Report of veterinary surgeon J.H. Steel, A.V.D., on his investigation into an obscure and fatal disease among transport mules in British Burma
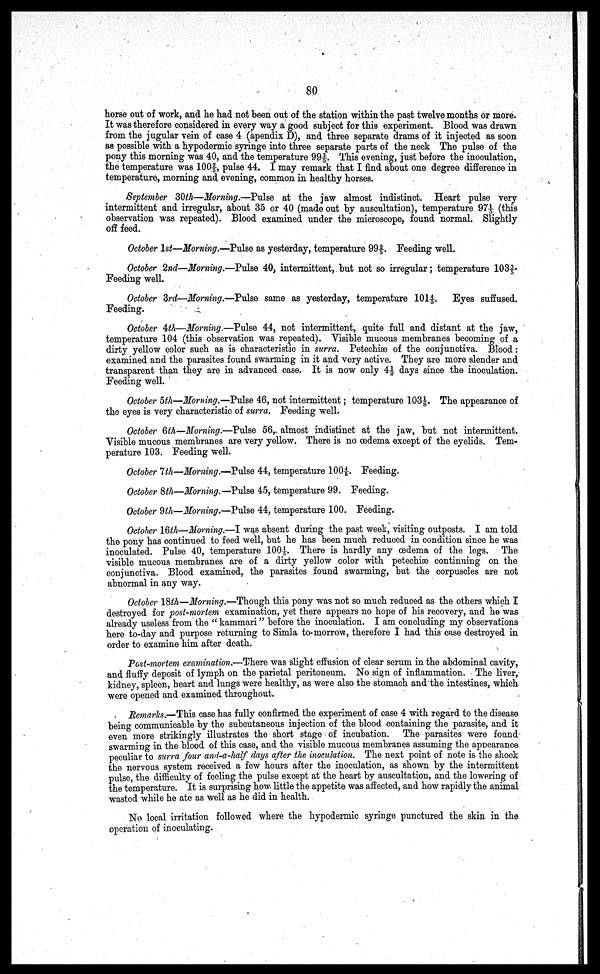
80
horse out of work, and he had not been out of the station within the past twelve months or more.
It was therefore considered in every way a good subject for this experiment. Blood was drawn
from the jugular vein of case 4 (apendix D), and three separate drams of it injected as soon
as possible with a hypodermic syringe into three separate parts of the neck The pulse of the
pony this morning was 40, and the temperature 99 3/5. This evening, just before the inoculation,
the temperature was 100 2/5, pulse 44. I may remark that I find about one degree difference in
temperature, morning and evening, common in healthy horses.
September 3Oth—Morning.—Pulse at the jaw almost indistinct. Heart pulse very
intermittent and irregular, about 35 or 40 (made out by auscultation), temperature 97 1/5 (this
observation was repeated). Blood examined under the microscope, found normal. Slightly
off feed.
October 1st—Morning.—Pulse as yesterday, temperature 99 2/5. Feeding well.
October 2nd—Morning.—Pulse 40, intermittent, but not so irregular; temperature 103 3/5.
Feeding well.
October 3rd—Morning.—Pulse same as yesterday, temperature 101 4/5. Eyes suffused.
Feeding.
October 4th—Morning.—Pulse 44, not intermittent, quite full and distant at the jaw,
temperature 104 (this observation was repeated). Visible mucous membranes becoming of a
dirty yellow color such as is characteristic in surra. Petechiae of the conjunctiva. Blood
examined and the parasites found swarming in it and very active. They are more slender and
transparent than they are in advanced case. It is now only 4½ days since the inoculation.
Feeding well.
October 5th—Morning.—Pulse 46, not intermittent; temperature 103 1/8. The appearance of
the eyes is very characteristic of surra. Feeding well.
October 6th—Morning.—Pulse 56„ almost indistinct at the jaw, but not intermittent.
Visible mucous membranes are very yellow. There is no oedema except of the eyelids. Tem-
perature 103 Feeding well.
October 7th—Morning.—Pulse 44, temperature 100 4/5. Feeding.
October 8th—Morning. —Pulse 45, temperature 99. Feeding.
October 9th—Morning.—Pulse 44, temperature 100. Feeding.
October 16th—Morning.—I was absent during the past week, visiting outposts. I am told
the pony has continued to feed well, but he has been much reduced in condition since he was
inoculated. Pulse 40, temperature 100 1/5. There is hardly any oedema of the legs. The
visible mucous membranes are of a dirty yellow color with petechiae continuing on the
conjunctiva. Blood examined, the parasites found swarming, but the corpuscles are not
abnormal in any way.
October 18th—Morning.—Though this pony was not so much reduced as the others which I
destroyed for post-mortem examination, yet there appears no hope of his recovery, and he was
already useless from the " kammari" before the inoculation. I am concluding my observations
here to-day and purpose returning to Simla to-morrow, therefore I had this case destroyed in
order to examine him after death.
Post-mortem examination.—There was slight effusion of clear serum in the abdominal cavity,
and fluffy deposit of lymph on the parietal peritoneum. No sign of inflammation. The liver,
kidney, spleen, heart and lungs were healthy, as were also the stomach and the intestines, which
were opened and examined throughout.
Remarks.—This case has fully confirmed the experiment of case 4 with regard to the disease
being communicable by the subcutaneous injection of the blood containing the parasite, and it
even more strikingly illustrates the short stage of incubation. The parasites were found
swarming in the blood of this case, and the visible mucous membranes assuming the appearance
peculiar to surra four and-a-half days after the inoculation. The next point of note is the shock
the nervous system received a few hours after the inoculation, as shown by the intermittent
pulse, the difficulty of feeling the pulse except at the heart by auscultation, and the lowering of
the temperature. It is surprising how little the appetite was affected, and how rapidly the animal
wasted while he ate as well as he did in health.
No local irritation followed where the hypodermic syringe punctured the skin in the
operation of inoculating.